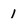
Character: 1